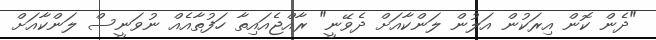
"ދެން ކޮން އިރަކުން އަލުން ލަންކާއަށް ދެވޭނީ" ރާއްޖެއައިތާ ހަފުތާއެއް ނުވަނީސް ލަންކާއަށް